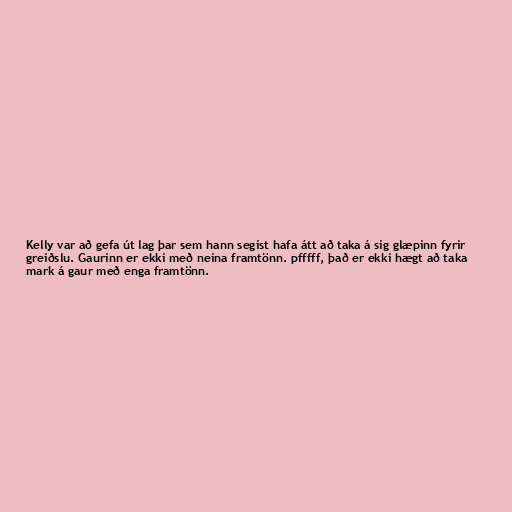
Kelly var að gefa út lag þar sem hann segist hafa átt að taka á sig glæpinn fyrir
greiðslu. Gaurinn er ekki með neina framtönn. pfffff, það er ekki hægt að taka
mark á gaur með enga framtönn.